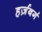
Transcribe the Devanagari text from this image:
हर्ज़बर्ग